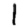
Digit: 1